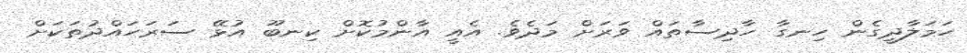
ހަމަލާދީގެން ހިނގާ ހާދިސާތައް ވަރަށް މަދެވެ. އެއީ އާންމުކޮށް ކިނބޫ އުޅޭ ސަރަހައްދުތަކަށް